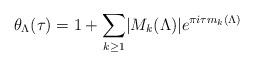
LaTeX: \begin{align*}\theta_{\Lambda}(\tau) = 1+ \sum_{k\geq 1} \lvert M_k(\Lambda)\rvert e^{\pi i \tau m_k(\Lambda)} \end{align*}